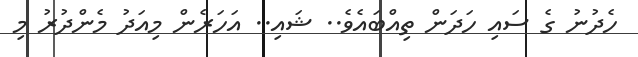
ހެދުނު ގެ ސައި ހަދަން ތިއްބައެވެ.. ޝައި.. އަހަރެން މިއަދު މެންދުރު މި